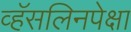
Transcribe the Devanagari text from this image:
व्हॅसलिनपेक्षा